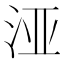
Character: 𮳅